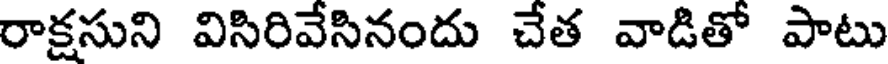
రాక్షసుని విసిరివేసినందు చేత వాడితో పాటు